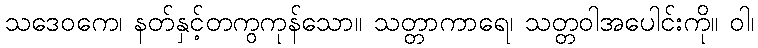
သဒေဝကေ၊ နတ်နှင့်တကွကုန်သော။ သတ္တာကာရေ၊ သတ္တဝါအပေါင်းကို။ ဝါ၊